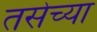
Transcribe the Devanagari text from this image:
तसेच्या